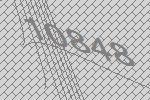
10848